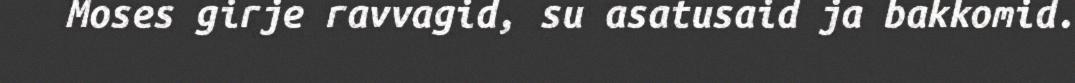
Moses girje ravvagid, su asatusaid ja bakkomid.